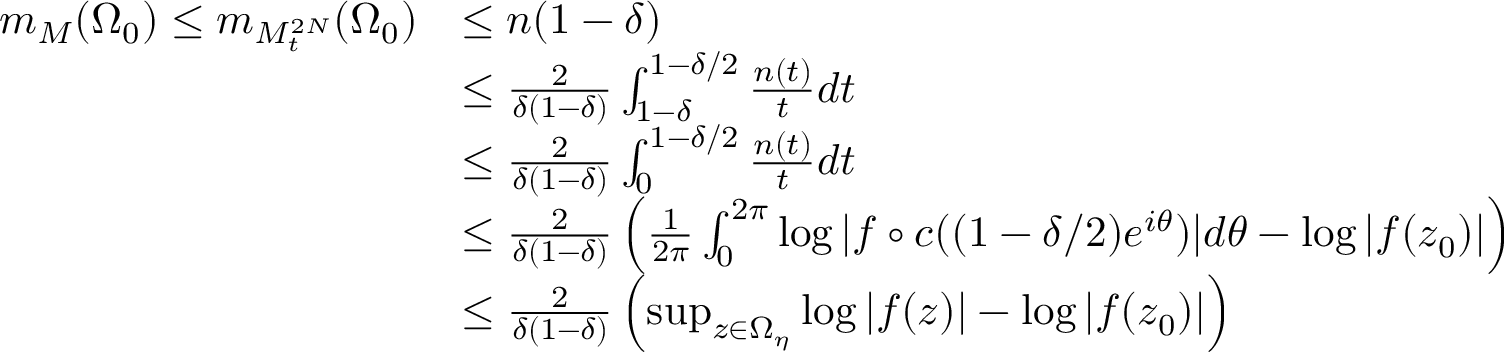
\begin{array} { r l } { m _ { M } ( \Omega _ { 0 } ) \leq m _ { M _ { t } ^ { 2 N } } ( \Omega _ { 0 } ) } & { \leq n ( 1 - \delta ) } \\ & { \leq \frac { 2 } { \delta ( 1 - \delta ) } \int _ { 1 - \delta } ^ { 1 - \delta / 2 } \frac { n ( t ) } { t } d t } \\ & { \leq \frac { 2 } { \delta ( 1 - \delta ) } \int _ { 0 } ^ { 1 - \delta / 2 } \frac { n ( t ) } { t } d t } \\ & { \leq \frac { 2 } { \delta ( 1 - \delta ) } \left( \frac { 1 } { 2 \pi } \int _ { 0 } ^ { 2 \pi } \log | f \circ c ( ( 1 - \delta / 2 ) e ^ { i \theta } ) | d \theta - \log | f ( z _ { 0 } ) | \right) } \\ & { \leq \frac { 2 } { \delta ( 1 - \delta ) } \left( \operatorname* { s u p } _ { z \in \Omega _ { \eta } } \log | f ( z ) | - \log | f ( z _ { 0 } ) | \right) } \end{array}